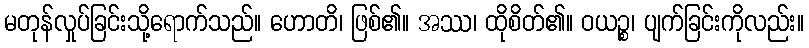
မတုန်လှုပ်ခြင်းသို့ရောက်သည်။ ဟောတိ၊ ဖြစ်၏။ အဿ၊ ထိုစိတ်၏။ ဝယဉ္စ၊ ပျက်ခြင်းကိုလည်း။